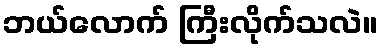
ဘယ်လောက် ကြီးလိုက်သလဲ။